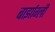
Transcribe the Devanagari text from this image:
बार्झाग्ली